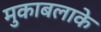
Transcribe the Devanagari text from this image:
मुकाबलाके